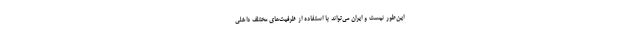
این‌طور نیست و ایران می‌تواند با استفاده از ظرفیت‌های مختلف داخلی